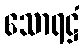
သောရဋ္ဌံ